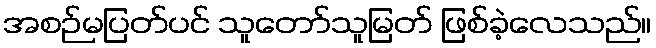
အစဉ်မပြတ်ပင် သူတော်သူမြတ် ဖြစ်ခဲ့လေသည်။